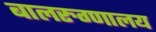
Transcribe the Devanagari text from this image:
बालरुग्णालय